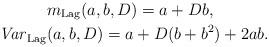
LaTeX: \begin{align*}&m_{{\rm Lag}}(a, b, D) = a + Db, \\{\it Var}_{{\rm Lag}}&(a, b, D) = a+D(b+b^2)+2ab.\end{align*}